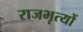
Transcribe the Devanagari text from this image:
राजभृत्यों